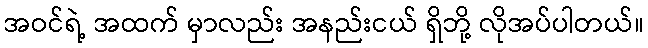
အဝင်ရဲ့ အထက် မှာလည်း အနည်းငယ် ရှိဘို့ လိုအပ်ပါတယ်။